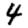
Digit: 4